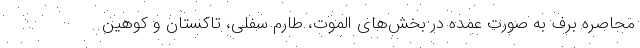
محاصره برف به صورت عمده در بخش‌های الموت، طارم سفلی، تاکستان و کوهین